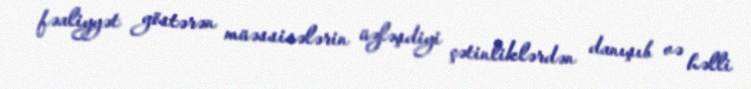
fəaliyyət göstərən müəssisələrin üzləşdiyi çətinliklərdən danışıb və həlli